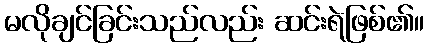
မလိုချင်ခြင်းသည်လည်း ဆင်းရဲဖြစ်၏။